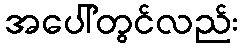
အပေါ်တွင်လည်း